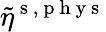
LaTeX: \tilde{\eta}^{\mathrm{~s~},\mathrm{~p~h~y~s~}}